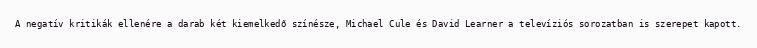
A negatív kritikák ellenére a darab két kiemelkedő színésze, Michael Cule és David Learner a televíziós sorozatban is szerepet kapott.